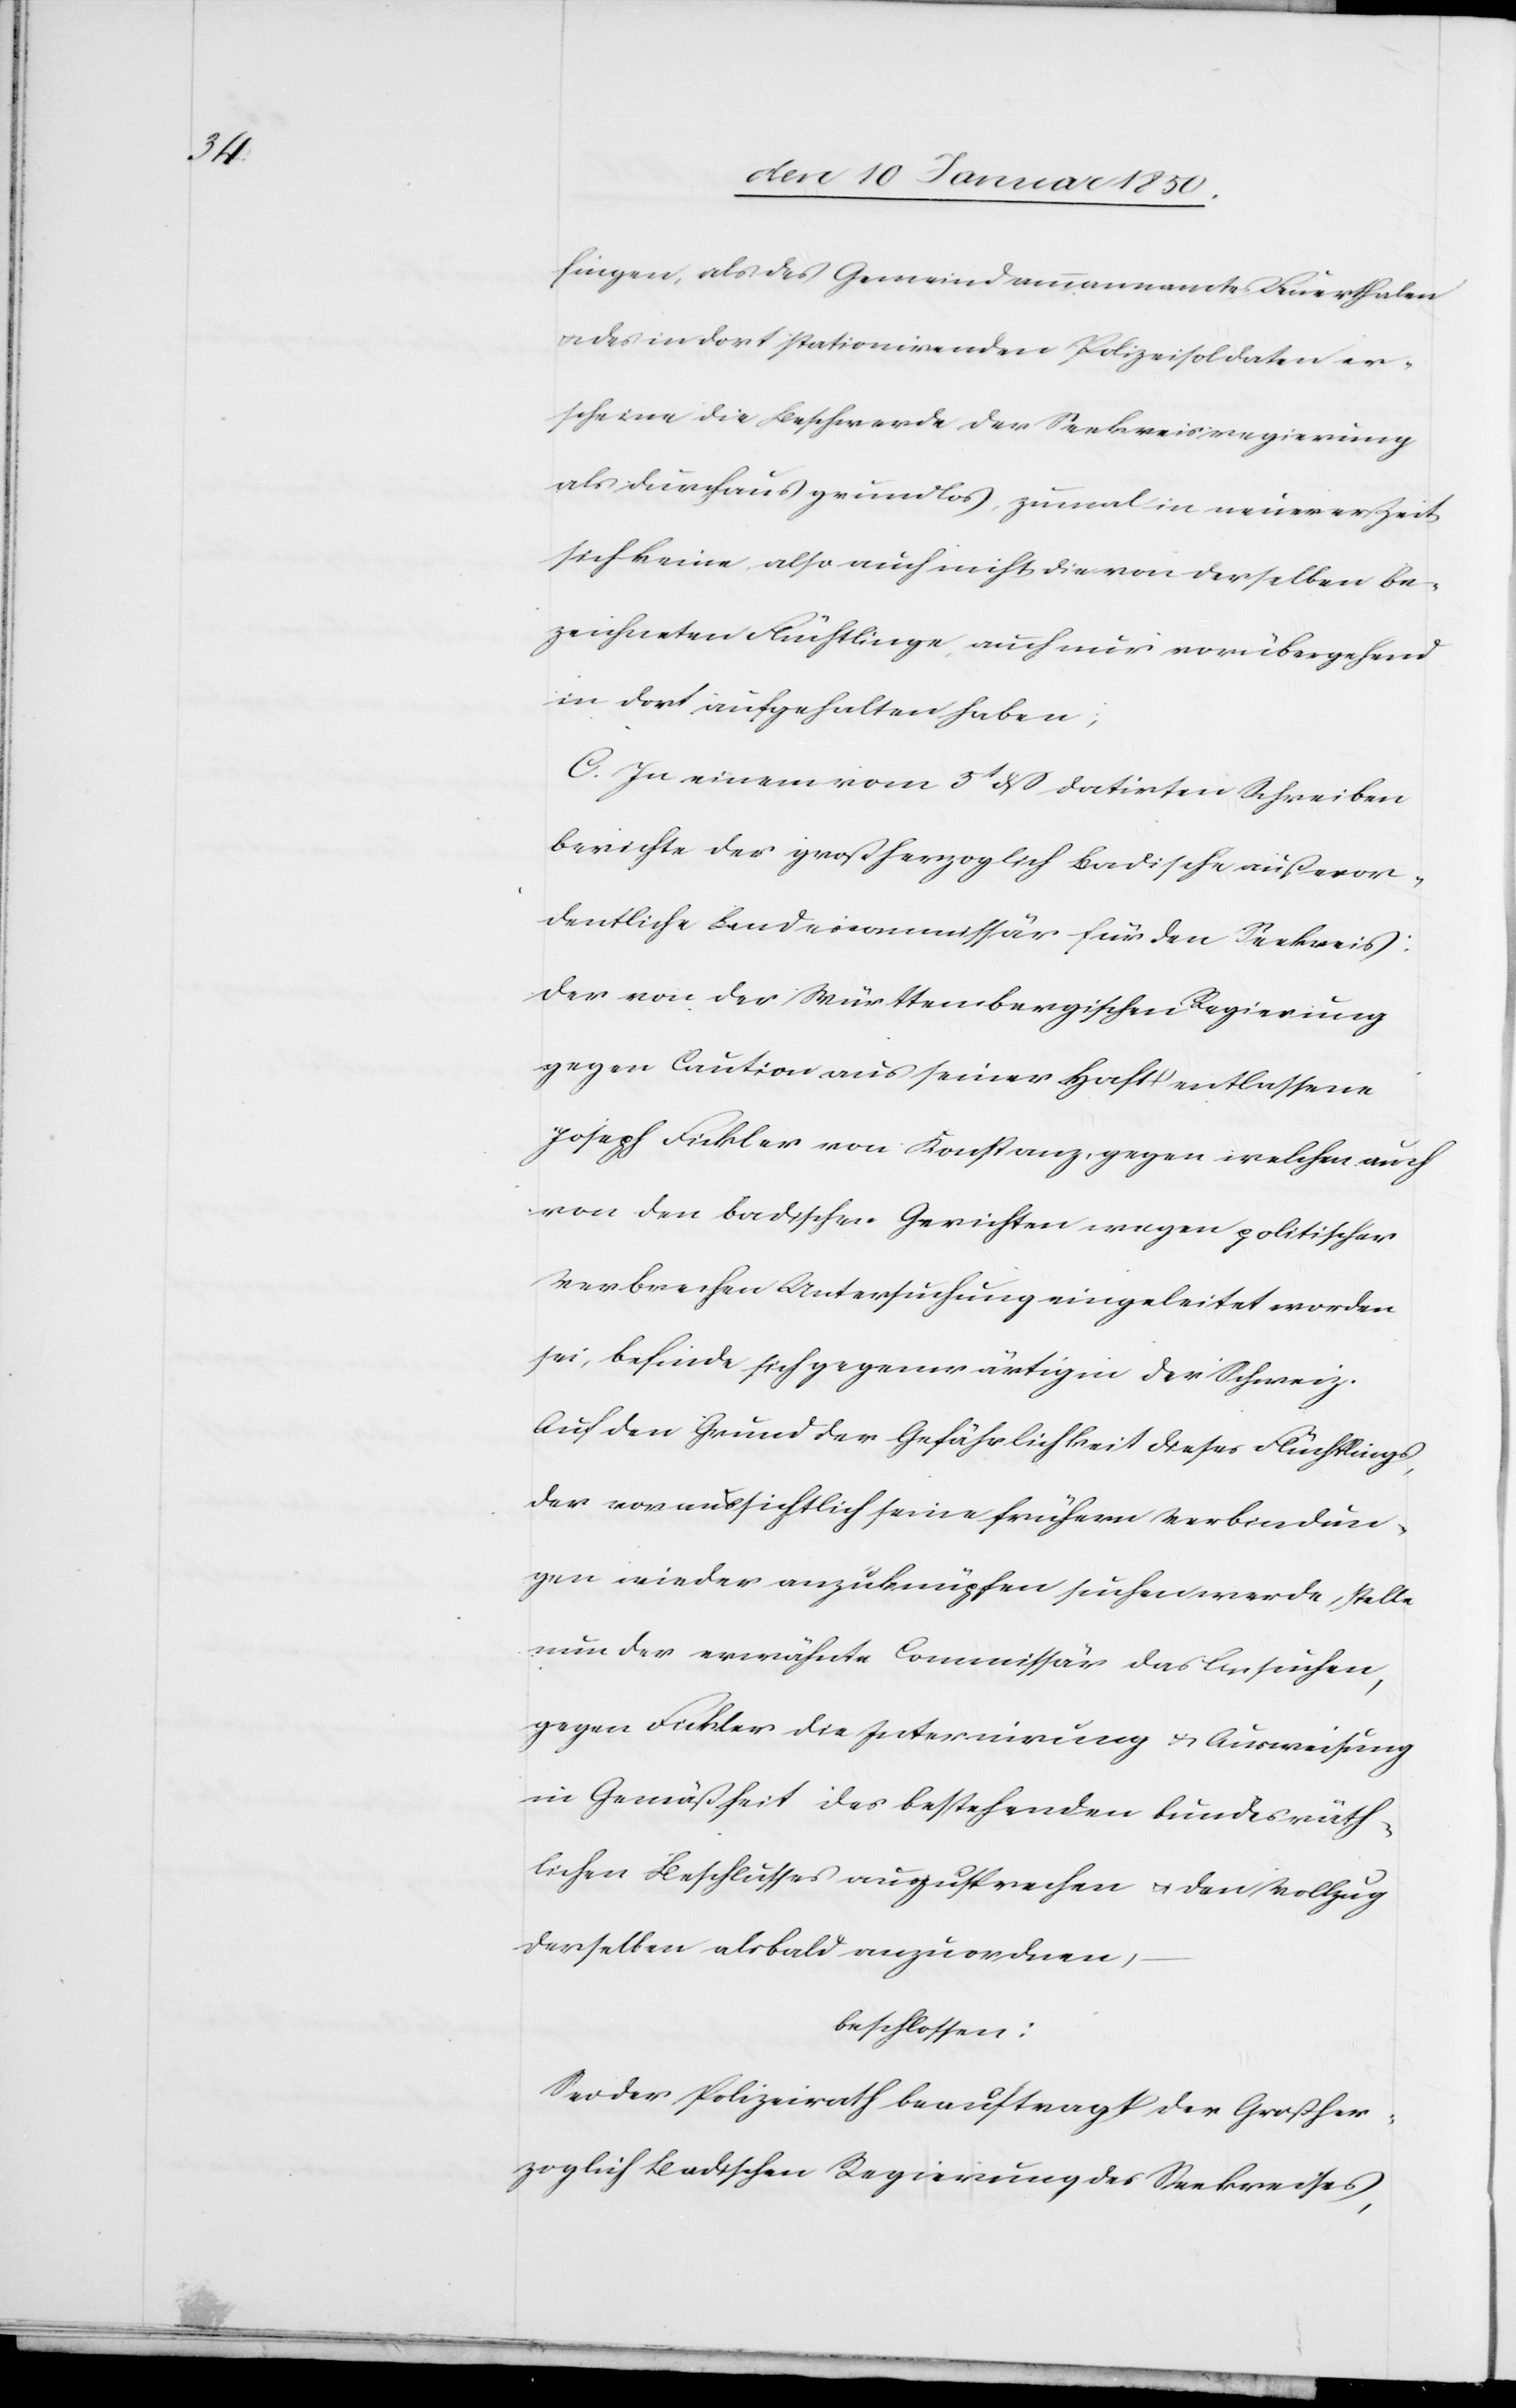
fingen, als des Gemeindammannamte Feuerthalen
u. des in dort stationirenden Polizeisoldaten er¬
scheine die Beschwerde der Seekreisregierung
als durchaus grundlos, zumal in neuerer Zeit
sich keine, also auch nicht die von derselben be¬
zeichneten Flüchtlinge, auch nur vorübergehend
in dort aufgehalten haben;
C. In einem vom 5t dß datirten Schreiben
berichte der großherzoglich Badische außeror¬
dentliche Landescommissär für den Seekreis
der von der Württembergischen Regierung
gegen Caution aus seiner Haft entlassene
Joseph Fickler von Konstanz, gegen welchen auch
von den badischen Gerichten wegen politischer
Verbrechen Untersuchung eingeleitet worden
sei, befinde sich gegenwärtig in der Schweiz.
Auf den Grund der Gefährlichkeit dieses Flüchtlings,
der voraussichtlich seine frühern Verbindun¬
gen wieder anzuknüpfen suchen werde, stelle
neu der erwähnte Commissär das Ansuchen,
gegen Fickler die Internirung u. Ausweisung
in Gemäßheit des bestehenden bundesräth¬
lichen Beschlusses auszusprechen u. den Vollzug
derselben alsbald anzuordnen,
beschlossen:
Sei der Polizeirath beauftragt der Großher¬
zoglich Badischen Regierung des Seekreises,